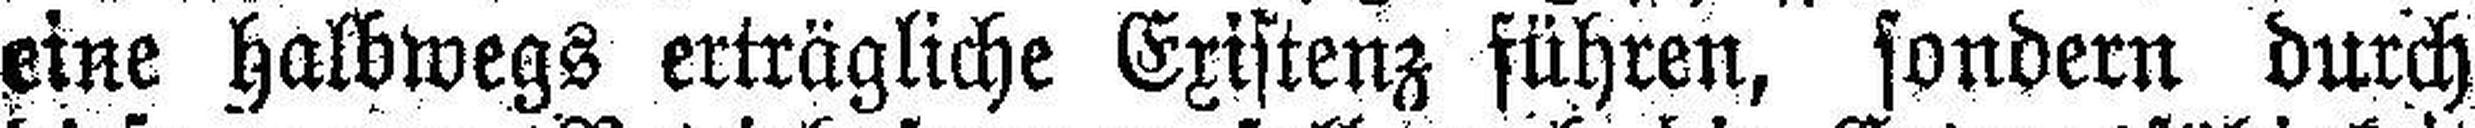
eine halbwegs erträgliche Existenz führen, sondern durch